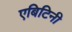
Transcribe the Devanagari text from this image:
एबिटिनी